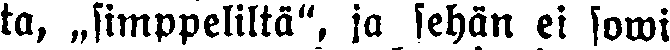
ta, „simppeliltä", ja sehän ei sowi